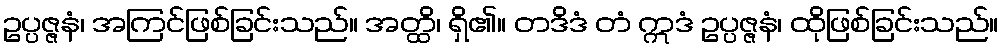
ဥပ္ပဇ္ဇနံ၊ အကြင်ဖြစ်ခြင်းသည်။ အတ္ထိ၊ ရှိ၏။ တဒိဒံ တံ ဣဒံ ဥပ္ပဇ္ဇနံ၊ ထိုဖြစ်ခြင်းသည်။